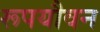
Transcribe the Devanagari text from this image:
रूपयौवन